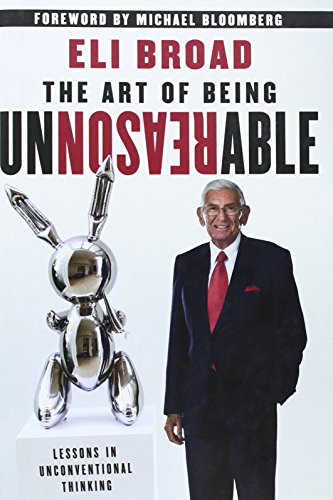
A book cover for The Art of Being Unreasonable: Lessons in Unconventional Thinking; Eli Broad; Business & Money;